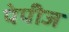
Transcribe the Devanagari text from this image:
पेपीज